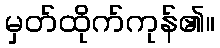
မှတ်ထိုက်ကုန်၏။